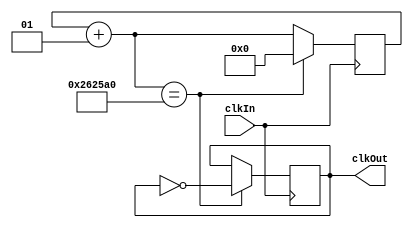
//This clock is used as the clock for the pushButton logic

module clock (clkIn, clkOut);

input clkIn; //clkIn is the 50MHz FPGA clock
output reg clkOut;
integer count;

always @(posedge clkIn)
	begin
		count = count + 1;
		if (count == 2500000) //The reduced clock operates at 20Hz
			begin
				count = 0;
				clkOut = ~clkOut; //Inverts the clock
			end
	end
endmodule